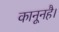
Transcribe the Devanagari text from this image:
कानूनहै।